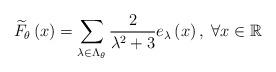
LaTeX: \begin{align*}\widetilde{F}_{\theta}\left(x\right)=\sum_{\lambda\in\Lambda_{\theta}}\frac{2}{\lambda^{2}+3}e_{\lambda}\left(x\right),\;\forall x\in\mathbb{R}\end{align*}